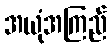
အယုံအကြည်